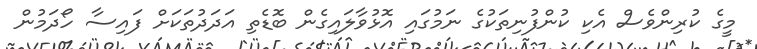
މީގެ ކުރިންވެސް އެކި ކުންފުނިތަކުގެ ނަމުގައި އޮޅުވާލައިގެން ބޮޑެތި އަދަދުތަކަށް ފައިސާ ހޯދަމުން